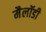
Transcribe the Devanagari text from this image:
मैलॉडी